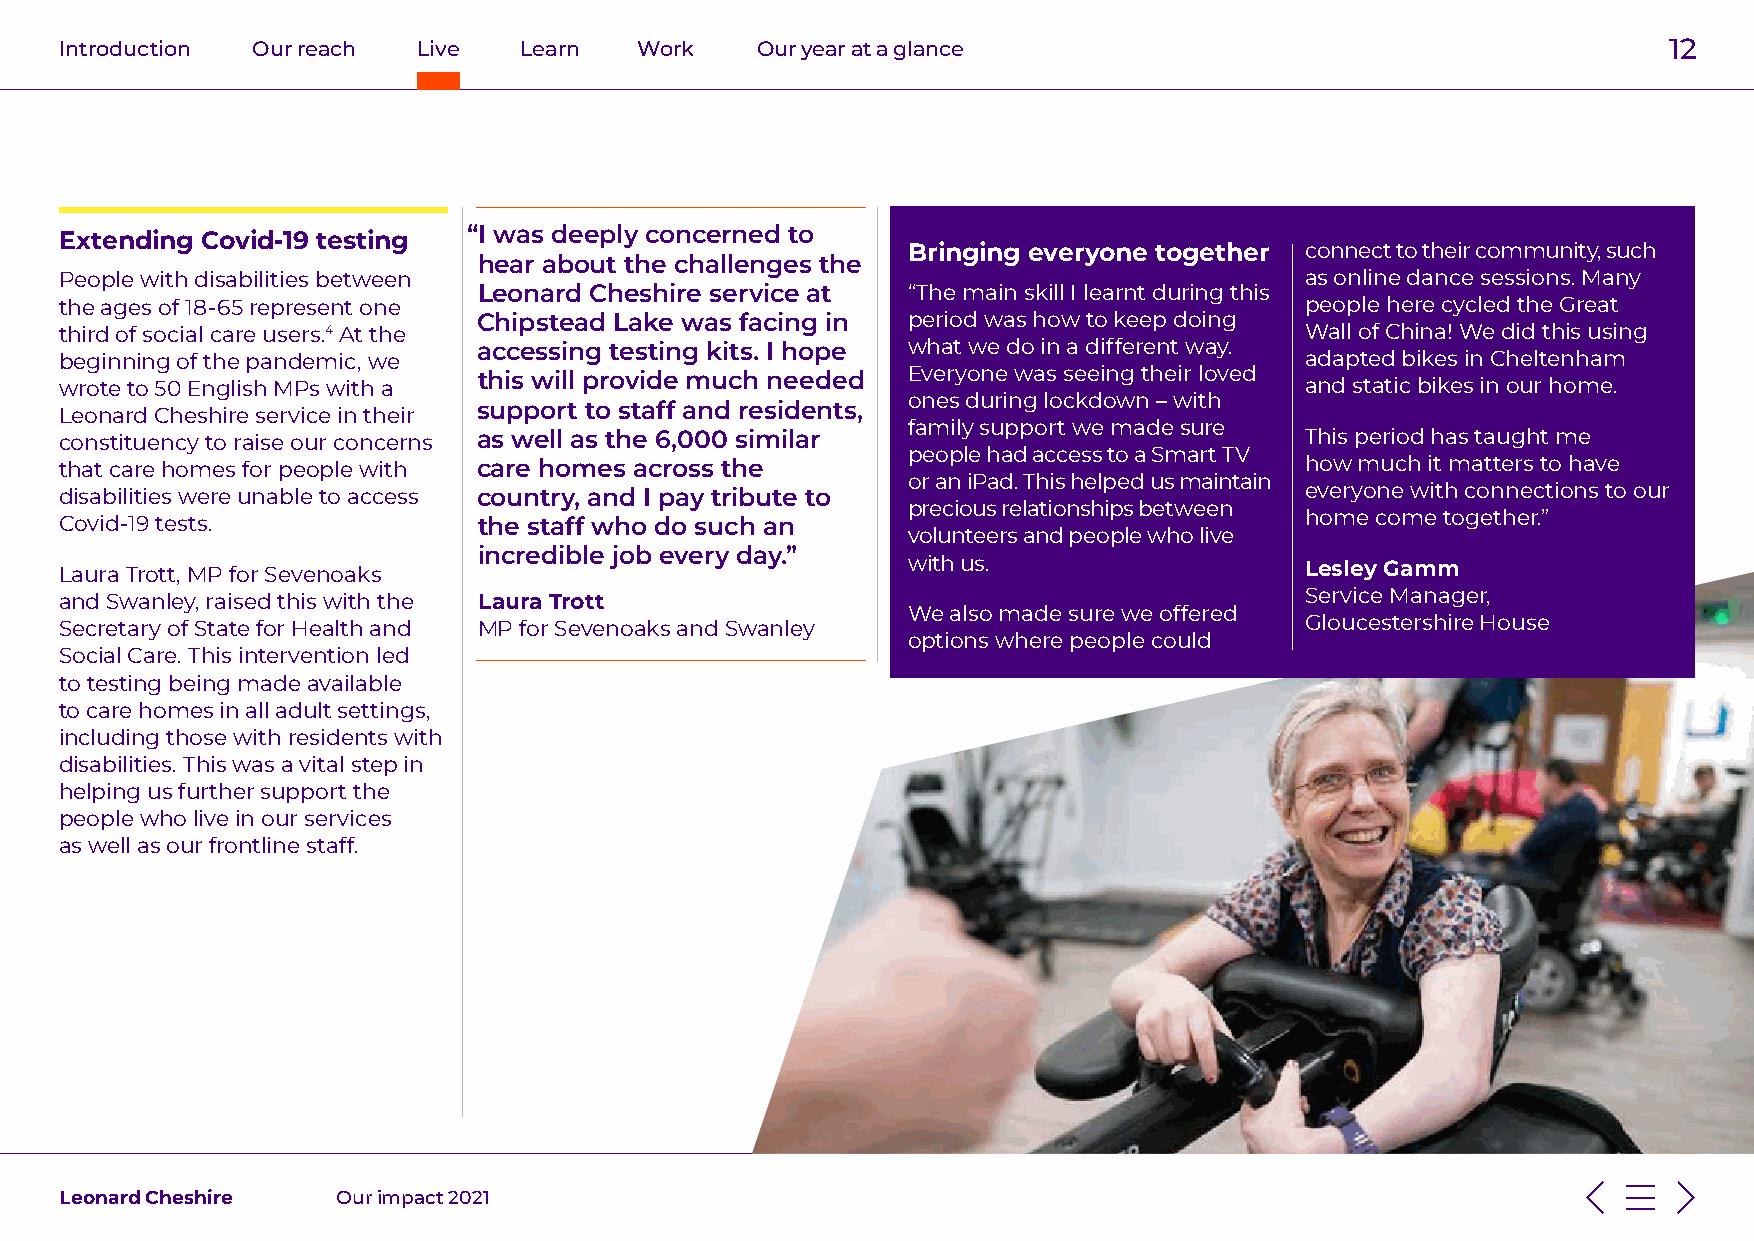
Introduction Our reach  Live  Learn   Work    Our year at a glance                                         12
 Extending Covid-19 testing “I was deeply concerned to
 Bringing everyone together connect to their community, such
 hear about the challenges the
 People with disabilities between                                                  as online dance sessions. Many
 Leonard Cheshire service at “The main skill I learnt during this
 the ages of 18-65 represent one                                                   people here cycled the Great
 Chipstead Lake was facing in period was how to keep doing
 third of social care users.4 At the                                               Wall of China! We did this using
 accessing testing kits. I hope what we do in a different way.
 beginning of the pandemic, we                                                     adapted bikes in Cheltenham
 Everyone was seeing their loved
 wrote to 50 English MPs with a this will provide much needed                      and static bikes in our home.
 ones during lockdown – with
 support to staff and residents,
 Leonard Cheshire service in their
 family support we made sure
 constituency to raise our concerns as well as the 6,000 similar                   This period has taught me
 people had access to a Smart TV
 that care homes for people with care homes across the                             how much it matters to have
 or an iPad. This helped us maintain
 disabilities were unable to access country, and I pay tribute to                  everyone with connections to our
 precious relationships between
 home come together.”
 Covid-19 tests.             the staff who do such an
 volunteers and people who live
 incredible job every day.”
 Laura Trott, MP for Sevenoaks                           with us.                  Lesley Gamm
 Service Manager,
 and Swanley, raised this with the Laura Trott
 We also made sure we offered
 Gloucestershire House
 Secretary of State for Health and MP for Sevenoaks and Swanley
 options where people could
 Social Care. This intervention led
 to testing being made available
 to care homes in all adult settings,
 including those with residents with
 disabilities. This was a vital step in
 helping us further support the
 people who live in our services
 as well as our frontline staff.
 Leonard Cheshire  Our impact 2021